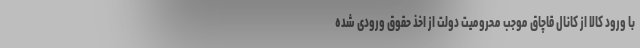
با ورود کالا از کانال قاچاق موجب محرومیت دولت از اخذ حقوق ورودی شده